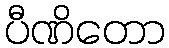
ပီဏိတော